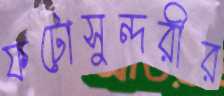
ফটোসুন্দরীর